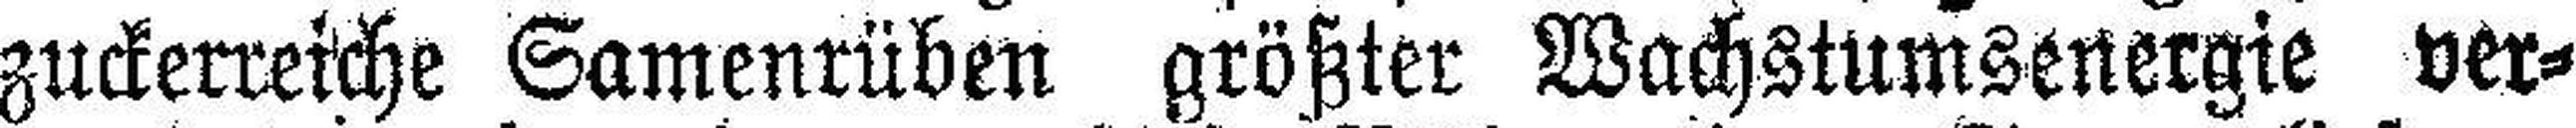
zuckerreiche Samenrüben größter Wachstumsenergie ver¬